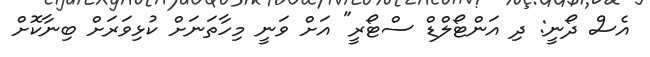
އެސް ދޯނީ: ދި އަންޓޯލްޑް ސްޓޯރީ" އަށް ވަނީ މިހާތަނަށް ކުޅިވަރަށް ބިނާކޮށް